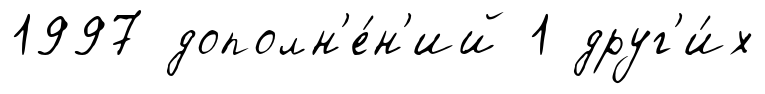
1997 дополн'е́н'ий 1 друг'и́х